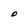
Character: D